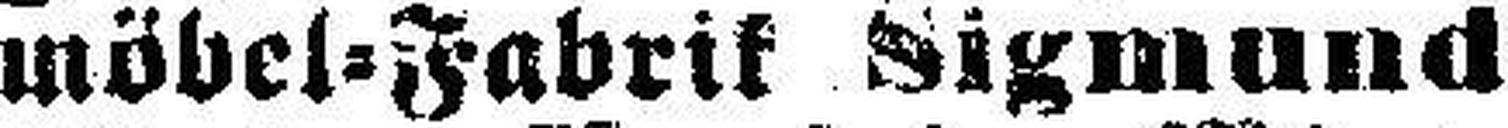
möbel=Fabrik Sigmund